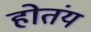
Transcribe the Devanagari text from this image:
होतंय